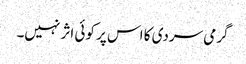
گرمی سردی کا اس پر کوئی اثر نہیں۔